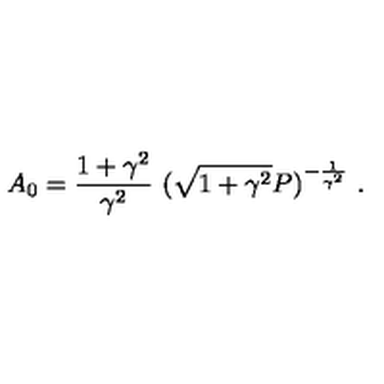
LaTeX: A _ { 0 } = \frac { 1 + \gamma ^ { 2 } } { \gamma ^ { 2 } } \ ( \sqrt { 1 + \gamma ^ { 2 } } P ) ^ { - \frac { 1 } { \gamma ^ { 2 } } } \ .